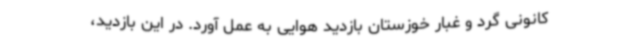
کانونی گرد و غبار خوزستان بازدید هوایی به عمل آورد. در این بازدید،